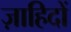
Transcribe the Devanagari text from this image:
ज़ाहिदों